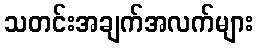
သတင်းအချက်အလက်များ